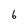
Character: 6